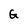
Character: G